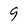
Character: 9